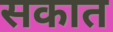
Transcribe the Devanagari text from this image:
सकात